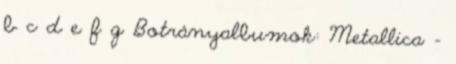
b c d e f g Botrányalbumok: Metallica -